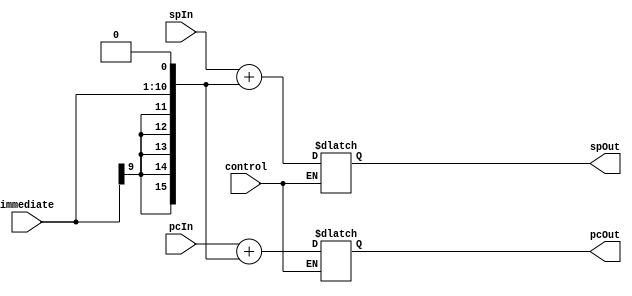

module L_ALU_8 (control, immediate, spIn, spOut, pcIn, pcOut);

// Handles CHGPCI, CHGSPI
// Control bits: instruction[10]
// Immediate bits: instruction[9:0]
// Each ALU is responsible for sign extending their own immediate

	input control;
	input [9:0] immediate;
	
	input [15:0] spIn;
	input [15:0] pcIn;
	output reg [15:0] spOut;
	output reg [15:0] pcOut;
	
	 // Sign extend the immediate value to 16 bits
    wire signed [15:0] imm_extended = {{6{immediate[9]}}, immediate} << 1;
	 

    always @(*) begin
        if (control) begin 
            // Update PC if control == 1
            pcOut = pcIn + imm_extended;
        end else begin
			    // Update SP if control == 0
            spOut = spIn + imm_extended;
        end
    end
	 
	 //Maybe add default states for pcOut and spIn?
	
endmodule